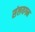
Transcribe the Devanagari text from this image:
संलयगन